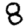
Digit: 8